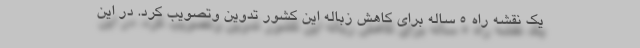
یک نقشه راه 5 ساله برای کاهش زباله این کشور تدوین وتصویب کرد. در این